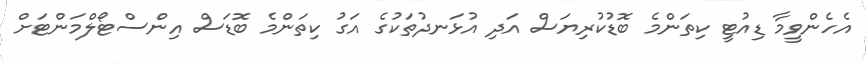
އެހެންވީމާ ޑިއުޓީ ކިތަންމެ ބޮޑުކުރިޔަސް އަދި އުޅަނދުތަކުގެ އަގު ކިތަންމެ ބޮޑަސް އިންސްޓޯލްމަންޓަށް